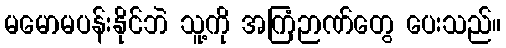
မမောမပန်းနိုင်ဘဲ သူ့ကို အကြံဉာဏ်တွေ ပေးသည်။